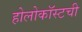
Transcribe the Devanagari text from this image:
होलोकॉस्टची